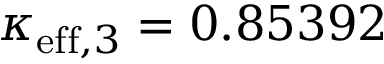
\kappa _ { \mathrm { e f f } , 3 } = 0 . 8 5 3 9 2